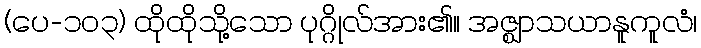
(ပေ-၁၀၃) ထိုထိုသို့သော ပုဂ္ဂိုလ်အား၏။ အဇ္ဈာသယာနူကူလံ၊